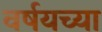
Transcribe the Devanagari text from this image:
वर्षयच्या